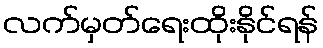
လက်မှတ်ရေးထိုးနိုင်ရန်